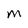
Character: M